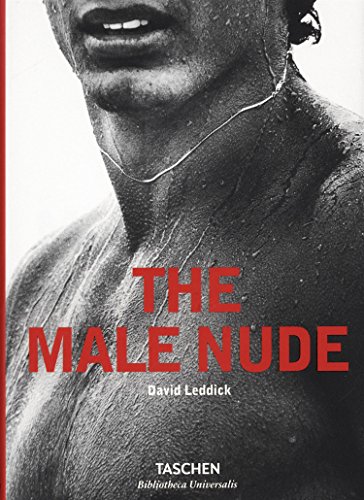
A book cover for The Male Nude; David Leddick; Arts & Photography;